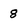
Character: 8